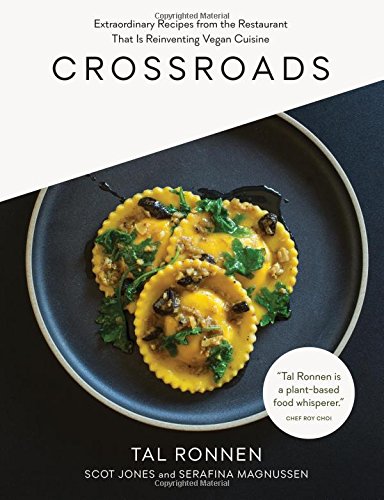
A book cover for Crossroads: Extraordinary Recipes from the Restaurant That Is Reinventing Vegan Cuisine; Tal Ronnen; Cookbooks, Food & Wine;